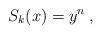
LaTeX: \begin{align*} S_{k}(x)= y^{n} \:,\end{align*}